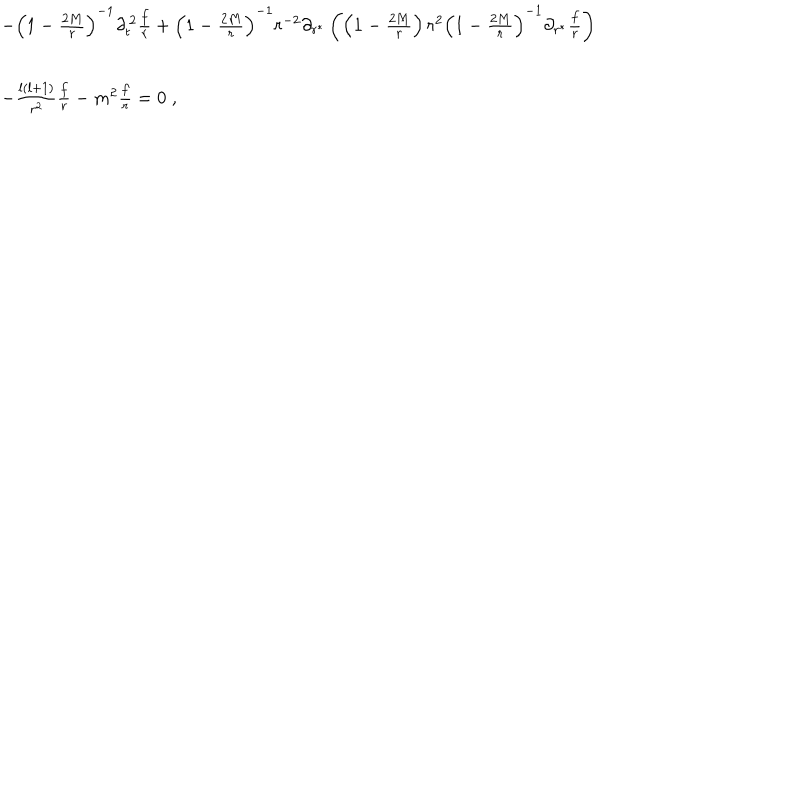
LaTeX: \begin{array} { l } { { - { \left( 1 - { \frac { 2 M } { r } } \right) } ^ { - 1 } \partial _ { t } ^ { \, 2 } { \frac { f } { r } } + { \left( 1 - { \frac { 2 M } { r } } \right) } ^ { - 1 } r ^ { - 2 } \partial _ { r ^ { * } } \left( \left( 1 - { \frac { 2 M } { r } } \right) r ^ { 2 } { \left( 1 - { \frac { 2 M } { r } } \right) } ^ { - 1 } \partial _ { r ^ { * } } { \frac { f } { r } } \right) } } \\ { { - \frac { l \left( l + 1 \right) } { r ^ { 2 } } { \frac { f } { r } } - m ^ { 2 } { \frac { f } { r } } = 0 \; , } } \\ \end{array}